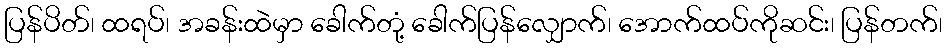
ပြန်ပိတ်၊ ထရပ်၊ အခန်းထဲမှာ ခေါက်တုံ့ ခေါက်ပြန်လျှောက်၊ အောက်ထပ်ကိုဆင်း၊ ပြန်တက်၊